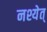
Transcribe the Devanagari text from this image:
नश्येत्